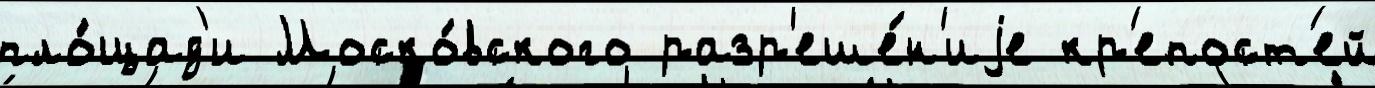
пло́щад'и Моско́вского разр'еше́н'иjе кр'епост'ей